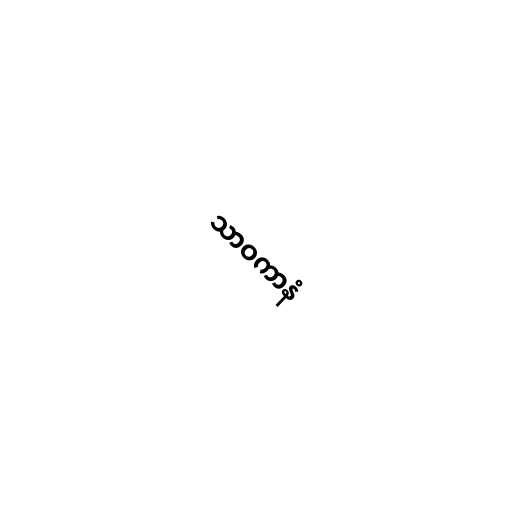
သာဝကာနံ